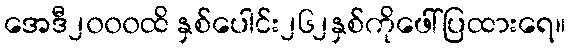
အေဒီ၂၀၀၀ထိ နှစ်ပေါင်း၂၆၂နှစ်ကိုဖေါ်ပြထားရေ။